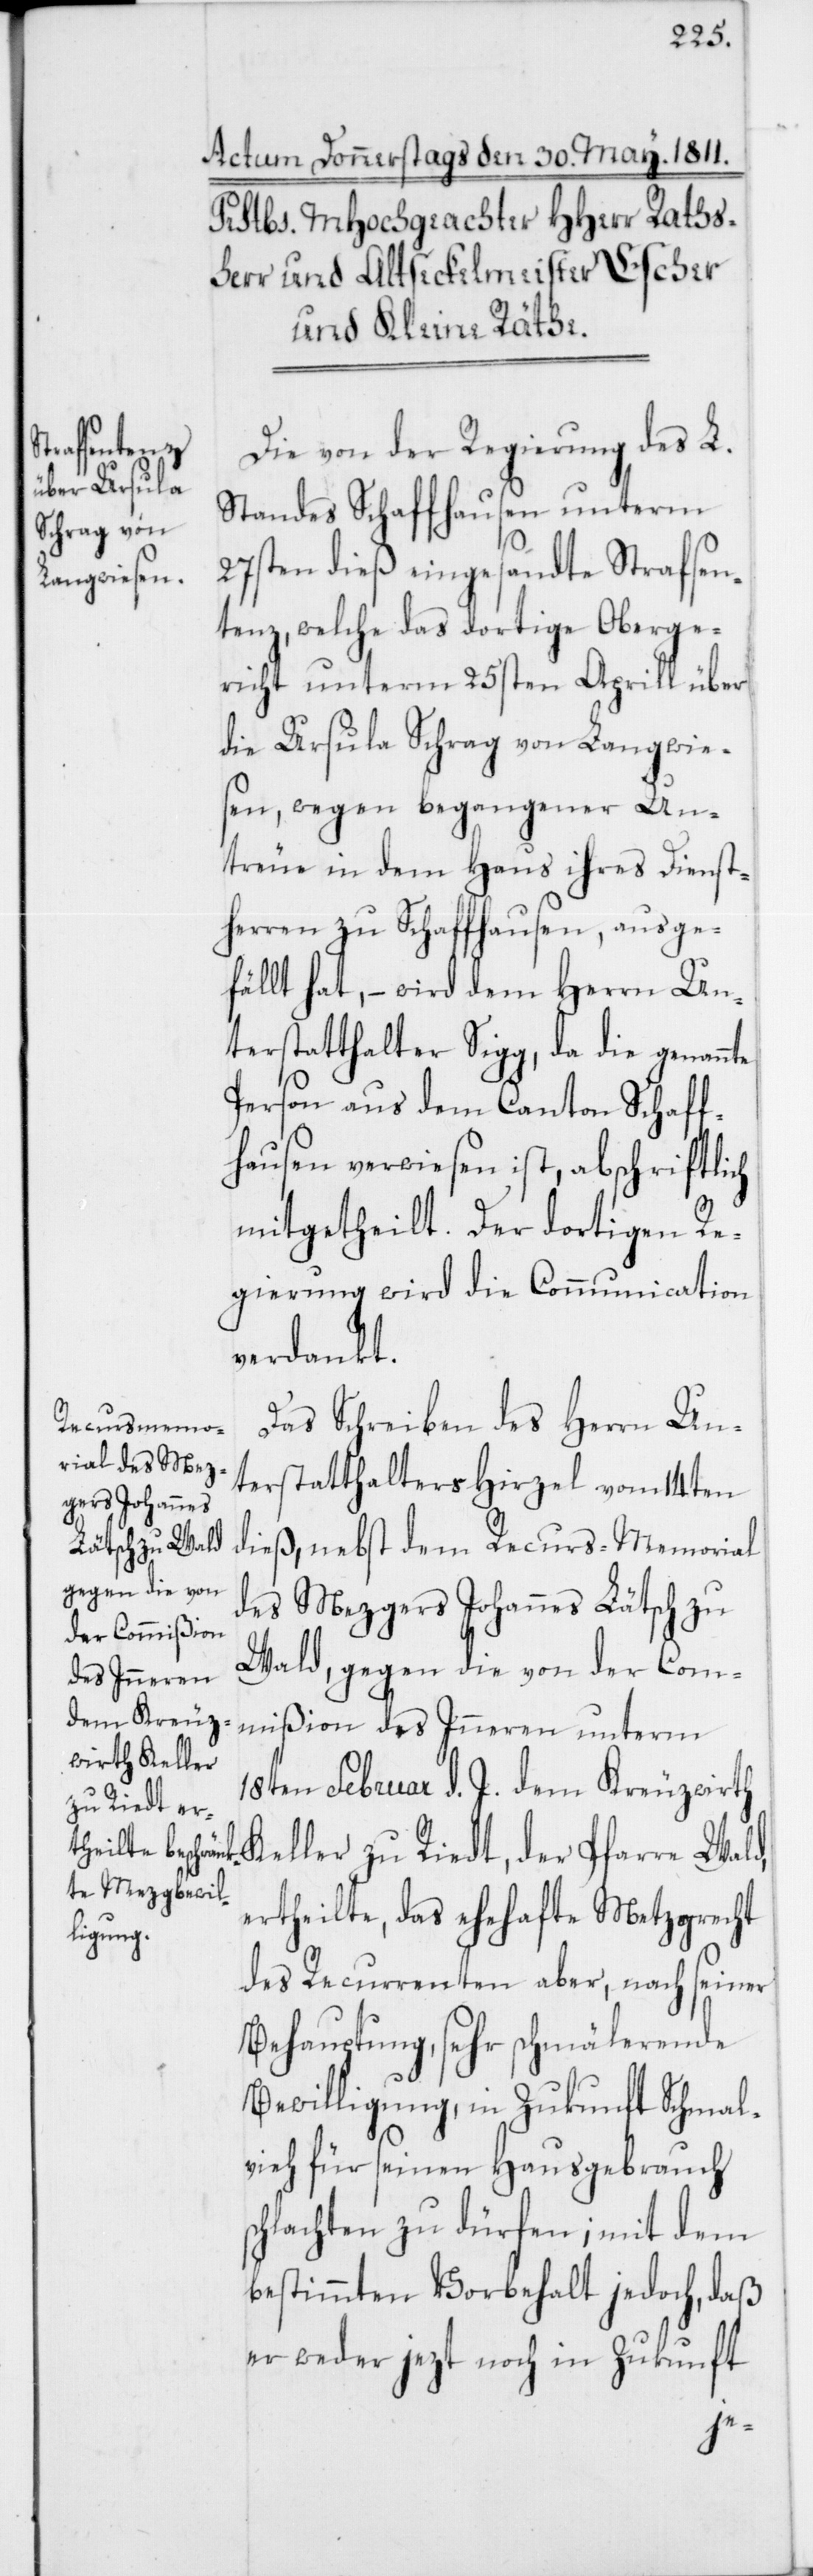
Die von der Regierung des L.
Standes Schaffhausen unterm
27sten dieß eingesandte Strafsen¬
tenz, welche das dortige Oberge¬
richt unterm 25sten Aprill über
die Ursula Schrag von Langwie¬
sen, wegen begangener Un¬
treue in dem Haus ihres Dienst¬
herren zu Schaffhausen, ausge¬
fällt hat, – wird dem Herrn Un¬
terstatthalter Sigg, da die genannte
Person aus dem Canton Schaff¬
hausen verwiesen ist, abschriftlich
mitgetheilt. Der dortigen Re¬
gierung wird die Communication
verdankt.
Das Schreiben des Herrn Un¬
terstatthalters Hirzel vom 14ten
dieß, nebst dem Recurs-Memorial
des Mezgers Johannes Lätsch zu
Wald, gegen die von der Com¬
mißion des Inneren unterm
18ten Februar d. J. dem Kreuzwirth
Keller zu Riedt, der Pfarre Wald,
ertheilte, das ehehafte Metzgrecht
des Recurrenten aber, nach seiner
Behauptung, sehr schmälerende
Bewilligung, in Zukunft Schmal¬
vieh für seinen Hausgebrauch
chlachten zu dürfen; mit dem
bestimmten Vorbehalt jedoch, daß
er weder jezt noch in Zukunft
s¬